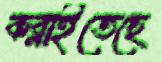
কব্‌লাইতেছে